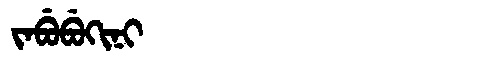
Manchu: ᠵᠠᠪᡠᠪᡠᡴᡳᠨᡳ
Romanization: JABUBUKINI